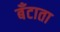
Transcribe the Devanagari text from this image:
बँटाता